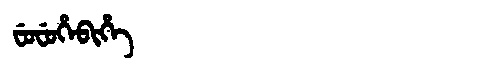
Manchu: ᠸᡠᠸᡠᡥᡝᠪᡳᡥᡝ
Romanization: FUFUHEBIHE